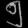
Digit: ၅